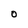
Character: O